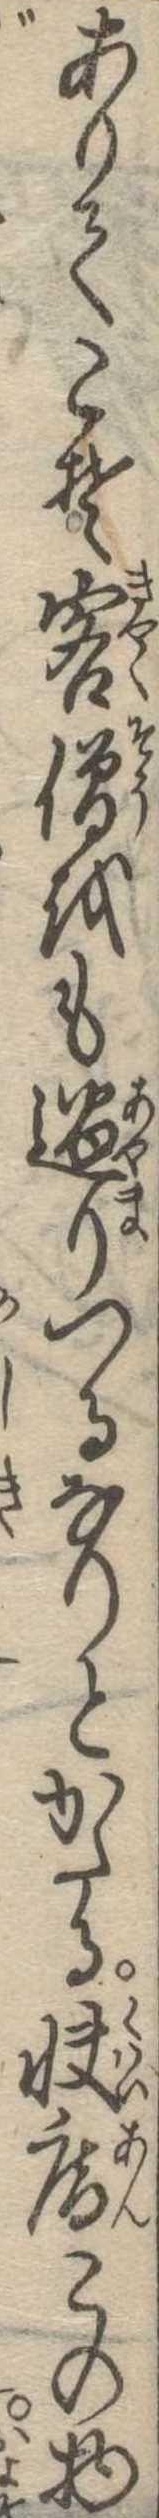
ありてこそ客僧をも過りつるなりとかたる快庵この物